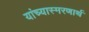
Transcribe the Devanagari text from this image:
यांच्यास्मरणार्थ